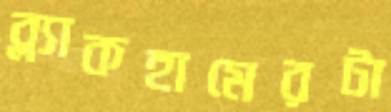
ব্ল্যাকহামেরটা